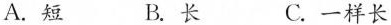
A.短 B.长 C.一样长